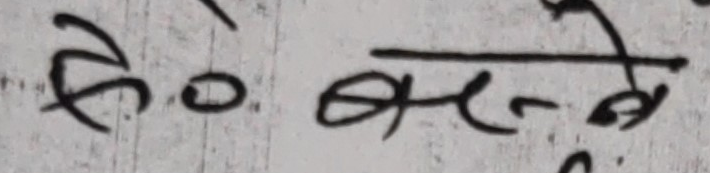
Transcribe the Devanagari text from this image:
से० बने